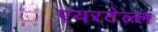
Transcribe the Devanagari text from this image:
एयरटेल्ल